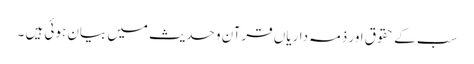
سب کے حقوق اور ذمہ داریاں قرآن و حدیث میں بیان ہوئی ہیں ۔